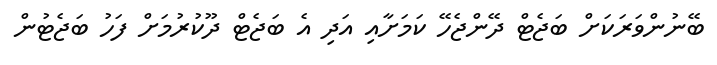
ބޭނުންވަރަކަށް ބަޖެޓް ދޭންޖެހޭ ކަމަށާއި އަދި އެ ބަޖެޓް ދޫކުރުމަށް ފަހު ބަޖެޓުން